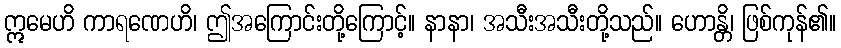
ဣမေဟိ ကာရဏေဟိ၊ ဤအကြောင်းတို့ကြောင့်။ နာနာ၊ အသီးအသီးတို့သည်။ ဟောန္တိ၊ ဖြစ်ကုန်၏။